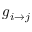
g _ { i \rightarrow j }